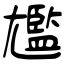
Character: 尷